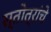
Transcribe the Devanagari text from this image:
स्तोत्रांचे